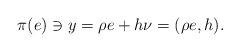
LaTeX: \begin{align*}\pi(e)\ni y=\rho e+h\nu=(\rho e,h).\end{align*}